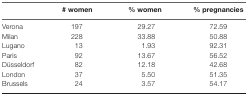
<table><thead><tr><td></td><td><b># women</b></td><td><b>% women</b></td><td><b>% pregnancies</b></td></tr></thead><tbody><tr><td>Verona</td><td>197</td><td>29.27</td><td>72.59</td></tr><tr><td>Milan</td><td>228</td><td>33.88</td><td>50.88</td></tr><tr><td>Lugano</td><td>13</td><td>1.93</td><td>92.31</td></tr><tr><td>Paris</td><td>92</td><td>13.67</td><td>56.52</td></tr><tr><td>Düsseldorf</td><td>82</td><td>12.18</td><td>42.68</td></tr><tr><td>London</td><td>37</td><td>5.50</td><td>51.35</td></tr><tr><td>Brussels</td><td>24</td><td>3.57</td><td>54.17</td></tr></tbody></table>